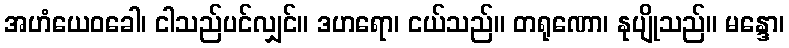
အဟံယေဝခေါ၊ ငါသည်ပင်လျှင်။ ဒဟရော၊ ငယ်သည်။ တရုဏော၊ နုပျိုသည်။ မန္ဒော၊